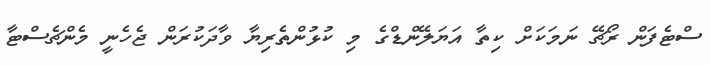
ސްޓެފަން ރޯޗޭ ނަމަކަށް ކިތާ އަޔަލޭންޑްގެ މި ކުޅުންތެރިޔާ ވާދަކުރަން ޖެހެނީ މެންޗެސްޓާ